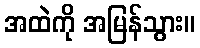
အထဲကို အမြန်သွား။